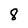
Character: 8